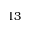
1 3